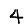
Digit: 4